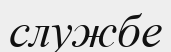
службе